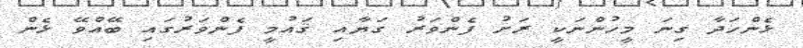
ޅެންހަދާ ގިނަ މީހުންނަކީ ރަށު ފެންވަރު ގަޔާއި ޤައުމީ ފެންވަރުގައި ބޭއްވޭ ޅެން